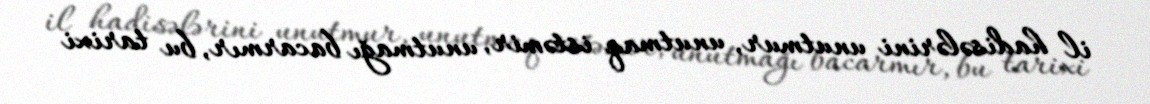
il hadisələrini unutmur, unutmaq istəmir, unutmağı bacarmır, bu tarixi